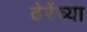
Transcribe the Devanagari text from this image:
ढेरेंच्या